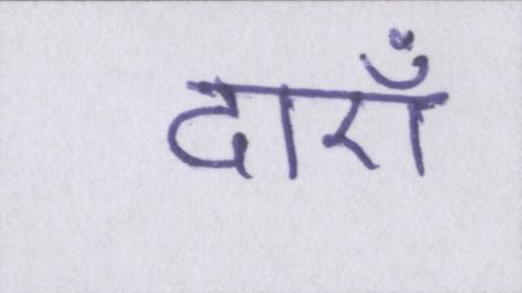
दाएँ